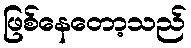
ဖြစ်နေတော့သည်